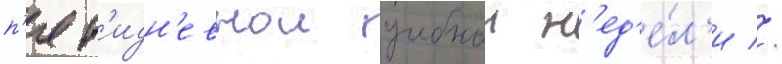
п'ят'идн'евнои учебнои н'ед'е́л'и //